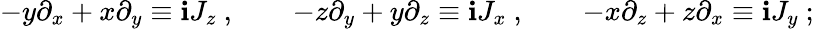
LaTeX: -y\partial_{x}+x\partial_{y}\equiv\mathbf{i}J_{z}~,\qquad-z\partial_{y}+y\partial_{z}\equiv\mathbf{i}J_{x}~,\qquad-x\partial_{z}+z\partial_{x}\equiv\mathbf{i}J_{y}~;